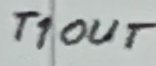
Text: T1OUT